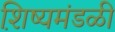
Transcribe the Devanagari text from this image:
शि़ष्यमंडळी